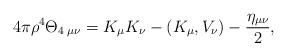
LaTeX: \begin{align*}4\pi\rho^{4}\Theta_{4\;\mu\nu}=K_{\mu}K_{\nu} -(K_{\mu},V_{\nu})-\frac{\eta_{\mu\nu}}{2},\end{align*}